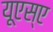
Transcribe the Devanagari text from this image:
यूएस्‌ए